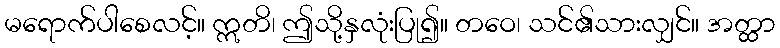
မရောက်ပါစေလင့်။ ဣတိ၊ ဤသို့နှလုံးပြု၍။ တဝေ၊ သင်၏သားလျှင်။ အတ္ထာ